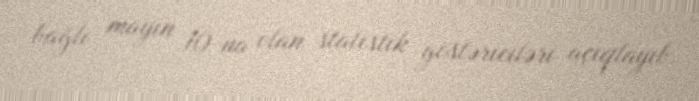
bağlı mayın 10-na olan statistik göstəriciləri açıqlayıb.